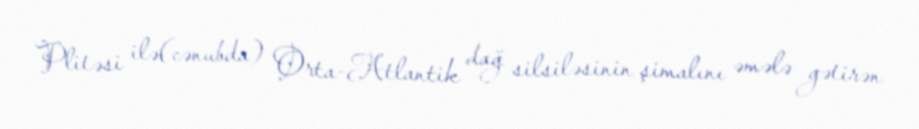
Plitəsi ilə(cənubda) Orta-Atlantik dağ silsiləsinin şimalını əmələ gətirən